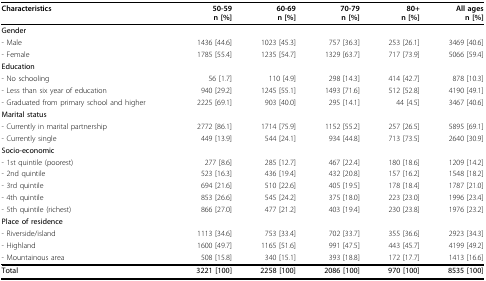
<table><thead><tr><td><b>Characteristics</b></td><td><b>50-59n [%]</b></td><td><b>60-69n [%]</b></td><td><b>70-79n [%]</b></td><td><b>80+n [%]</b></td><td><b>All agesn [%]</b></td></tr></thead><tbody><tr><td><b>Gender</b></td><td></td><td></td><td></td><td></td><td></td></tr><tr><td>- Male</td><td>1436 [44.6]</td><td>1023 [45.3]</td><td>757 [36.3]</td><td>253 [26.1]</td><td>3469 [40.6]</td></tr><tr><td>- Female</td><td>1785 [55.4]</td><td>1235 [54.7]</td><td>1329 [63.7]</td><td>717 [73.9]</td><td>5066 [59.4]</td></tr><tr><td><b>Education</b></td><td></td><td></td><td></td><td></td><td></td></tr><tr><td>- No schooling</td><td>56 [1.7]</td><td>110 [4.9]</td><td>298 [14.3]</td><td>414 [42.7]</td><td>878 [10.3]</td></tr><tr><td>- Less than six year of education</td><td>940 [29.2]</td><td>1245 [55.1]</td><td>1493 [71.6]</td><td>512 [52.8]</td><td>4190 [49.1]</td></tr><tr><td>- Graduated from primary school and higher</td><td>2225 [69.1]</td><td>903 [40.0]</td><td>295 [14.1]</td><td>44 [4.5]</td><td>3467 [40.6]</td></tr><tr><td><b>Marital status</b></td><td></td><td></td><td></td><td></td><td></td></tr><tr><td>- Currently in marital partnership</td><td>2772 [86.1]</td><td>1714 [75.9]</td><td>1152 [55.2]</td><td>257 [26.5]</td><td>5895 [69.1]</td></tr><tr><td>- Currently single</td><td>449 [13.9]</td><td>544 [24.1]</td><td>934 [44.8]</td><td>713 [73.5]</td><td>2640 [30.9]</td></tr><tr><td><b>Socio-economic</b></td><td></td><td></td><td></td><td></td><td></td></tr><tr><td>- 1st quintile (poorest)</td><td>277 [8.6]</td><td>285 [12.7]</td><td>467 [22.4]</td><td>180 [18.6]</td><td>1209 [14.2]</td></tr><tr><td>- 2nd quintile</td><td>523 [16.3]</td><td>436 [19.4]</td><td>432 [20.8]</td><td>157 [16.2]</td><td>1548 [18.2]</td></tr><tr><td>- 3rd quintile</td><td>694 [21.6]</td><td>510 [22.6]</td><td>405 [19.5]</td><td>178 [18.4]</td><td>1787 [21.0]</td></tr><tr><td>- 4th quintile</td><td>853 [26.6]</td><td>545 [24.2]</td><td>375 [18.0]</td><td>223 [23.0]</td><td>1996 [23.4]</td></tr><tr><td>- 5th quintile (richest)</td><td>866 [27.0]</td><td>477 [21.2]</td><td>403 [19.4]</td><td>230 [23.8]</td><td>1976 [23.2]</td></tr><tr><td><b>Place of residence</b></td><td></td><td></td><td></td><td></td><td></td></tr><tr><td>- Riverside/island</td><td>1113 [34.6]</td><td>753 [33.4]</td><td>702 [33.7]</td><td>355 [36.6]</td><td>2923 [34.3]</td></tr><tr><td>- Highland</td><td>1600 [49.7]</td><td>1165 [51.6]</td><td>991 [47.5]</td><td>443 [45.7]</td><td>4199 [49.2]</td></tr><tr><td>- Mountainous area</td><td>508 [15.8]</td><td>340 [15.1]</td><td>393 [18.8]</td><td>172 [17.7]</td><td>1413 [16.6]</td></tr><tr><td><b>Total</b></td><td><b>3221 [100]</b></td><td><b>2258 [100]</b></td><td><b>2086 [100]</b></td><td><b>970 [100]</b></td><td><b>8535 [100]</b></td></tr></tbody></table>